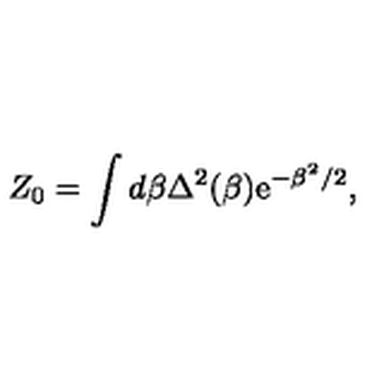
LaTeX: Z _ { 0 } = \int d \beta \Delta ^ { 2 } ( \beta ) \mathrm { e } ^ { - \beta ^ { 2 } / 2 } ,